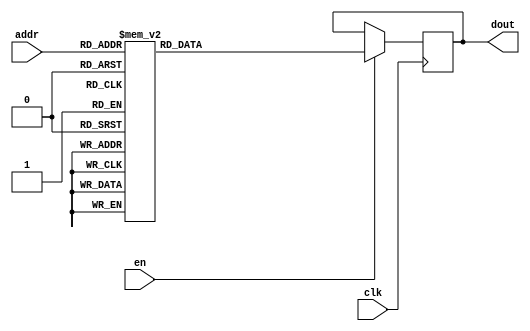
`timescale 1ns / 1ps
/*
Copyright
All right reserved.
Module Name: rom_syn
Author  : Zichuan Liu, Yixing Li and Wenye Liu.
Description:
A synthesized ROM: ROM_DEP x ROM_WID
*/
module DC_9_REF_ROM_4(
// inputs
clk,
en,
addr,
// outputs
dout
);
localparam ROM_WID = 11;
localparam ROM_DEP = 32;
localparam ROM_ADDR = 5;
// input definition
input clk;
input en;
input [ROM_ADDR-1:0] addr;
// output definition
output [ROM_WID-1:0] dout;
reg [ROM_WID-1:0] data;
always @(posedge clk)
begin
if (en) begin
case(addr)
		5'd0: data <= 11'b00111010101;
		5'd1: data <= 11'b00111011101;
		5'd2: data <= 11'b01000111110;
		5'd3: data <= 11'b00001010010;
		5'd4: data <= 11'b00111101110;
		5'd5: data <= 11'b01000100010;
		5'd6: data <= 11'b00111000000;
		5'd7: data <= 11'b01001010111;
		5'd8: data <= 11'b01000100000;
		5'd9: data <= 11'b00111111101;
		5'd10: data <= 11'b01000010100;
		5'd11: data <= 11'b01000000101;
		5'd12: data <= 11'b01000100011;
		5'd13: data <= 11'b01000011101;
		5'd14: data <= 11'b00110100111;
		5'd15: data <= 11'b01000000111;
		5'd16: data <= 11'b01000110110;
		5'd17: data <= 11'b00111001010;
		5'd18: data <= 11'b01000011100;
		5'd19: data <= 11'b01000111001;
		5'd20: data <= 11'b01000111101;
		5'd21: data <= 11'b01000010000;
		5'd22: data <= 11'b01000100000;
		5'd23: data <= 11'b00111110110;
		5'd24: data <= 11'b00111010110;
		5'd25: data <= 11'b01000001110;
		5'd26: data <= 11'b00111000111;
		5'd27: data <= 11'b11111110011;
		5'd28: data <= 11'b00111101011;
		5'd29: data <= 11'b01000001011;
		5'd30: data <= 11'b00111001100;
		5'd31: data <= 11'b10000000000;
		endcase
		end
	end
	assign dout = data;
endmodule